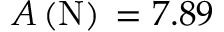
A \left( \mathrm { N } \right) { } = 7 . 8 9